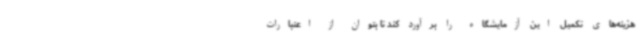
هزینه‌های تکمیل این آزمایشگاه را برآورد کند تا بتوان از اعتبارات